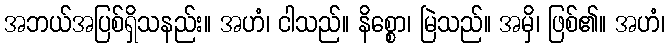
အဘယ်အပြစ်ရှိသနည်း။ အဟံ၊ ငါသည်။ နိစ္စော၊ မြဲသည်။ အမှိ၊ ဖြစ်၏။ အဟံ၊